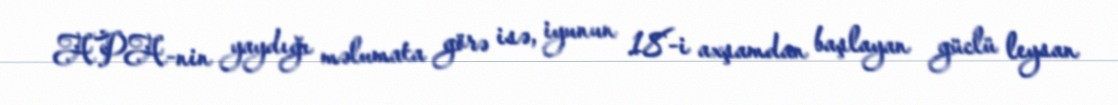
APA-nin yaydığı məlumata görə isə, iyunun 18-i axşamdan başlayan güclü leysan